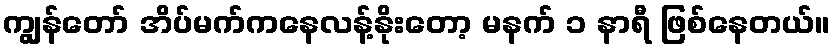
ကျွန်တော် အိပ်မက်ကနေလန့်နိုးတော့ မနက် ၁ နာရီ ဖြစ်နေတယ်။